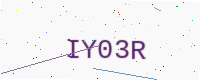
Text: IY03R